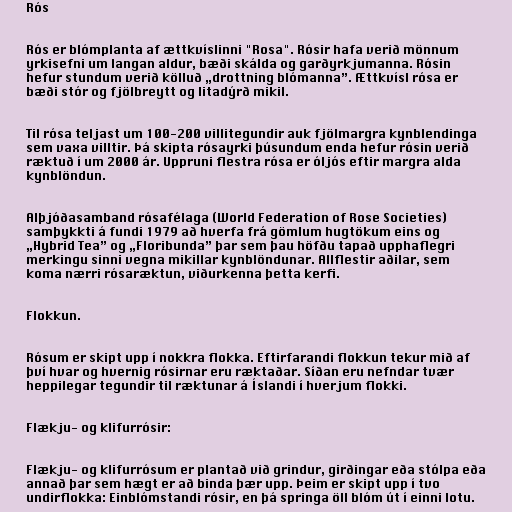
Rós

Rós er blómplanta af ættkvíslinni "Rosa". Rósir hafa verið mönnum
yrkisefni um langan aldur, bæði skálda og garðyrkjumanna. Rósin
hefur stundum verið kölluð „drottning blómanna”. Ættkvísl rósa er
bæði stór og fjölbreytt og litadýrð mikil.

Til rósa teljast um 100-200 villitegundir auk fjölmargra kynblendinga
sem vaxa villtir. Þá skipta rósayrki þúsundum enda hefur rósin verið
ræktuð í um 2000 ár. Uppruni flestra rósa er óljós eftir margra alda
kynblöndun.

Alþjóðasamband rósafélaga (World Federation of Rose Societies)
samþykkti á fundi 1979 að hverfa frá gömlum hugtökum eins og
„Hybrid Tea” og „Floribunda” þar sem þau höfðu tapað upphaflegri
merkingu sinni vegna mikillar kynblöndunar. Allflestir aðilar, sem
koma nærri rósaræktun, viðurkenna þetta kerfi.

Flokkun.

Rósum er skipt upp í nokkra flokka. Eftirfarandi flokkun tekur mið af
því hvar og hvernig rósirnar eru ræktaðar. Síðan eru nefndar tvær
heppilegar tegundir til ræktunar á Íslandi í hverjum flokki.

Flækju- og klifurrósir:

Flækju- og klifurrósum er plantað við grindur, girðingar eða stólpa eða
annað þar sem hægt er að binda þær upp. Þeim er skipt upp í tvo
undirflokka: Einblómstandi rósir, en þá springa öll blóm út í einni lotu.